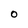
Character: O